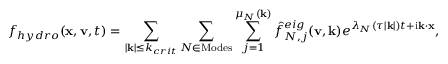
f _ { h y d r o } ( \mathbf { x } , \mathbf { v } , t ) = \sum _ { | \mathbf { k } | \leq k _ { c r i t } } \sum _ { N \in \mathrm { M o d e s } } \sum _ { j = 1 } ^ { \mu _ { N } ( \mathbf { k } ) } \hat { f } _ { N , j } ^ { e i g } ( \mathbf { v } , \mathbf { k } ) e ^ { \lambda _ { N } ( \tau | \mathbf { k } | ) t + \mathrm { i } \mathbf { k } \cdot \mathbf { x } } ,